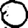
Digit: 0